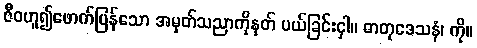
ဇီဝဟူ၍ဖောက်ပြန်သော အမှတ်သညာကိုနုတ် ပယ်ခြင်းငှါ။ ဓာတုဒေသနံ၊ ကို။